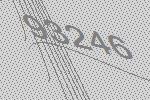
93246